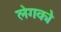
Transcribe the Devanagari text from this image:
लेगको